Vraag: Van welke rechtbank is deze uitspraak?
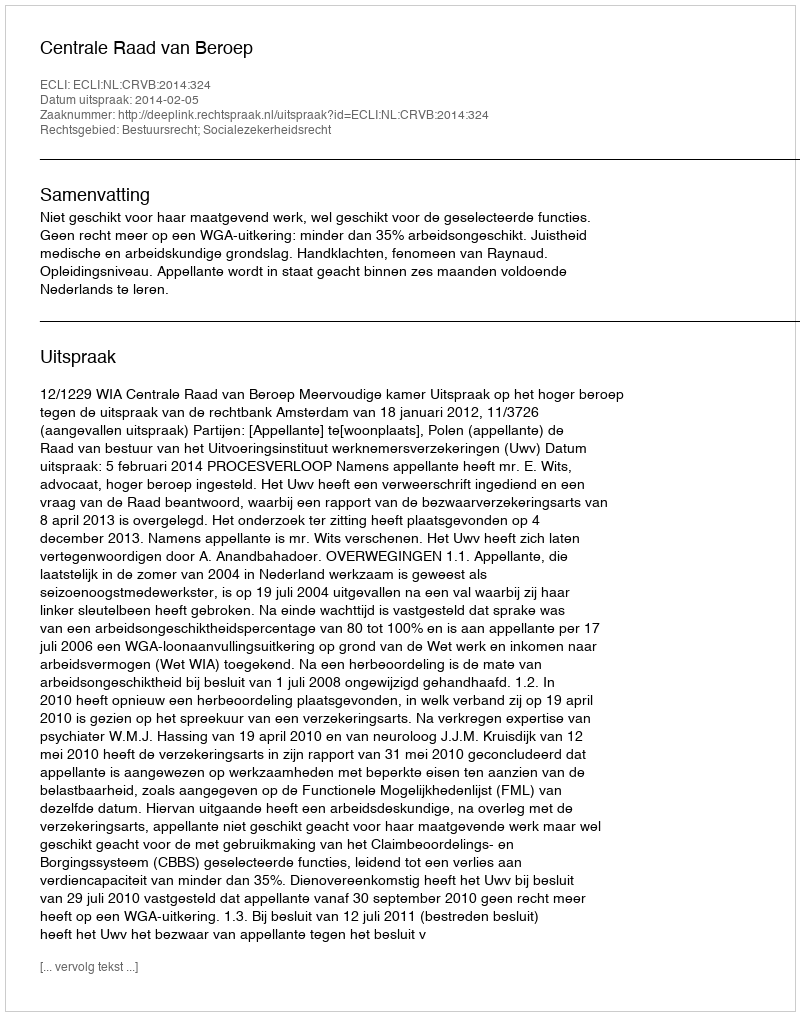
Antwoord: Centrale Raad van Beroep